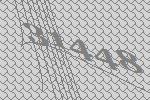
31448